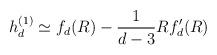
LaTeX: \begin{align*}h_d^{(1)} \simeq f_d(R) - \frac{1}{d-3} R f_d'(R)\end{align*}